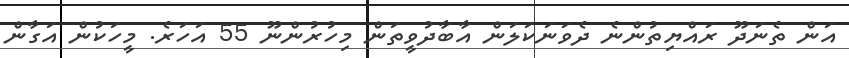
އަން ތެނަދޫ ރައްޔިތުންނެ ދެވަނަކަލަން އާބާދުވީތަން މިހުރުންނޫ 55 އަހަރެ. މީހަކުން އަގާން